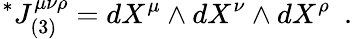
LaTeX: \vphantom{J}^{*}J_{(3)}^{\mu\nu\rho}=dX^{\mu}\wedge dX^{\nu}\wedge dX^{\rho}~~.